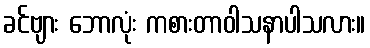
ခင်ဗျား ဘောလုံး ကစားတာဝါသနာပါသလား။